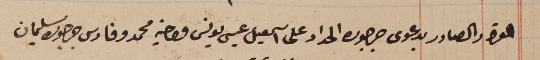
القرار الصادر بدعوى جرجوره الحداد على اسمعيل عيسى يونس واخيه محمد وفارس جرجوره سليمان